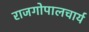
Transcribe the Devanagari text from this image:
राजगोपालचार्य